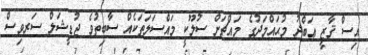
އިސް ޤާޒީ ޢަބްދު މުޙައްމަދުގެ މައްޗަށް ސުލޫކީ މައްސަލަތަކެއް ސާބިތުވެ ޖުޑީޝަލް ސަރވިސް